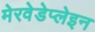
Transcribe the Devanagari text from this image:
मेरवेडेप्लेइन